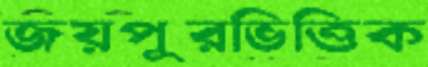
জয়পুরভিত্তিক